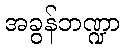
အခွန်ဘဏ္ဍာ